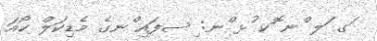
ަގ ަލ ްނ ޮކ ުޅ ްނ: ިސފައި ްނގެ މެޑިކަލް ކޯއަ